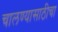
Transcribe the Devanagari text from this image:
चालण्यासाठीचा